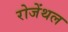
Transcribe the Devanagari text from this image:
रोजेंथल